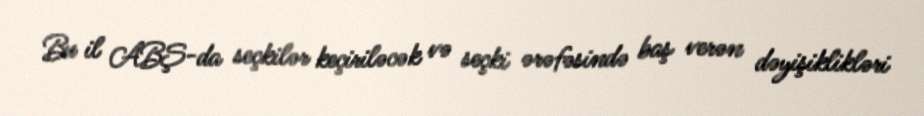
Bu il ABŞ-da seçkilər keçiriləcək və seçki ərəfəsində baş verən dəyişiklikləri